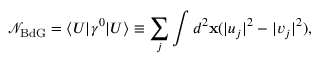
\mathcal { N } _ { \mathrm { B d G } } = \langle U | \gamma ^ { 0 } | U \rangle \equiv \sum _ { j } \int d ^ { 2 } \mathbf { x } ( | u _ { j } | ^ { 2 } - | v _ { j } | ^ { 2 } ) ,